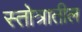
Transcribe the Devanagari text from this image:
स्तोत्रातील